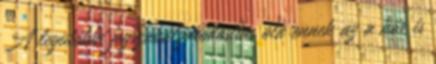
A legutóbbi jogszabálymódosítás óta ennek az a kör is